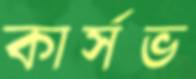
কার্সভ